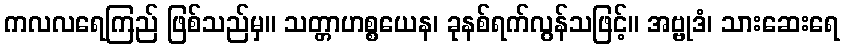
ကလလရေကြည် ဖြစ်သည်မှ။ သတ္တာဟစ္စယေန၊ ခုနစ်ရက်လွန်သဖြင့်။ အဗ္ဗုဒံ၊ သားဆေးရေ